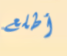
أطلع